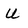
Character: U